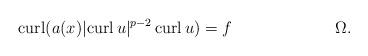
LaTeX: \begin{align*}\operatorname*{curl} ( a(x) \lvert \operatorname*{curl} u \rvert^{p-2} \operatorname*{curl} u ) = f && \Omega. \end{align*}